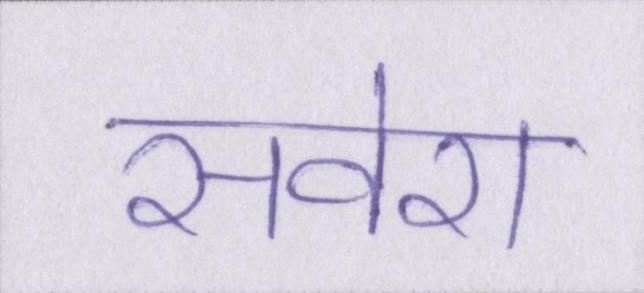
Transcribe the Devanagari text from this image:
सवेरा